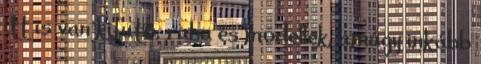
itt is van kifutó, ruha és modellek, amúgy inkább